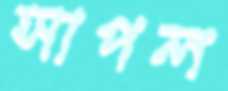
সাপল